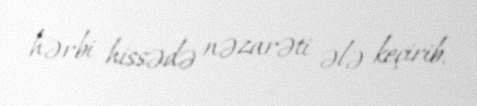
hərbi hissədə nəzarəti ələ keçirib.